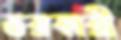
ভরকারী